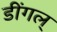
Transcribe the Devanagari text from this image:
डींगल्